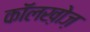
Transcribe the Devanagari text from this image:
कॉलख़ोज़